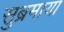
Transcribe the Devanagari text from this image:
सुब्रमाया